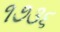
૧૭૩૬